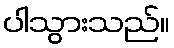
ပါသွားသည်။